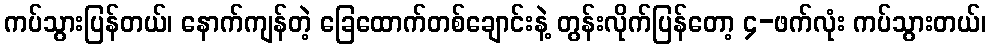
ကပ်သွားပြန်တယ်၊ နောက်ကျန်တဲ့ ခြေထောက်တစ်ချောင်းနဲ့ တွန်းလိုက်ပြန်တော့ ၄-ဖက်လုံး ကပ်သွားတယ်၊